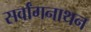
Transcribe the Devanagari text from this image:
सर्वांगनाथन